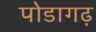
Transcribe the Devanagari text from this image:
पोडागढ़